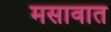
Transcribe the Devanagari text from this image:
मसावात